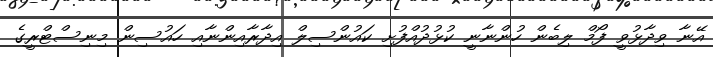
އޭނާ ވިދާޅުވީ ފޯމް ލިބެން ހުންނާނީ ކުޅުދުއްފުށި ކައުންސިލް އިދާރާއިންނާއި ހައުސިން މިނިސްޓްރީގެ